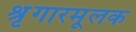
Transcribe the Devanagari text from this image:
श्रृंगारमूलक